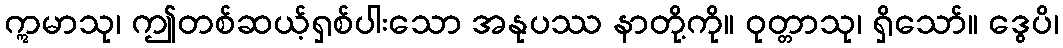
ဣမာသု၊ ဤတစ်ဆယ့်ရှစ်ပါးသော အနုပဿ နာတို့ကို။ ဝုတ္တာသု၊ ရှိသော်။ ဒွေပိ၊